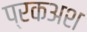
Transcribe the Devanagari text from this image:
प्रकअश